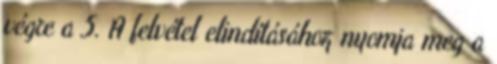
végre a 5. A felvétel elindításához nyomja meg a